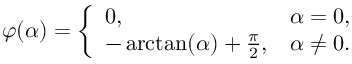
\varphi ( \alpha ) = { \left\{ \begin{array} { l l } { 0 , } & { \alpha = 0 , } \\ { - \arctan ( { \alpha } ) + { \frac { \pi } { 2 } } , } & { \alpha \neq 0 . } \end{array} \right. }